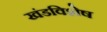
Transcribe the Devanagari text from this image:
खंडविशेष